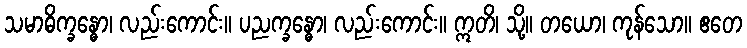
သမာဓိက္ခန္ဓော၊ လည်းကောင်း။ ပညက္ခန္ဓော၊ လည်းကောင်း။ ဣတိ၊ သို့။ တယော၊ ကုန်သော။ ဧတေ